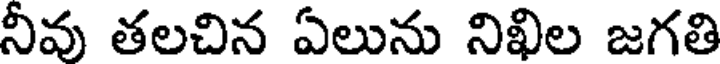
నీవు తలచిన ఏలును నిఖిల జగతి